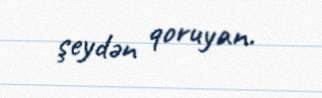
şeydən qoruyan.